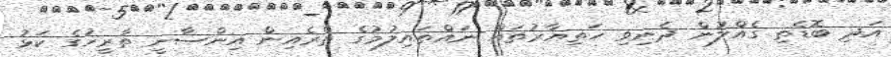
އަދި ބޮޑެތި ގެއްލުން ދެނިވި ހަތިޔާރުތައް ނައްތައިލުމުގެ ތެރެއިން އިންސާނީ ތާރީޚުގެ ކަޅު